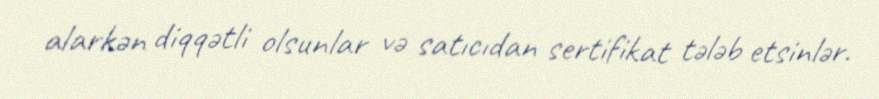
alarkən diqqətli olsunlar və satıcıdan sertifikat tələb etsinlər.